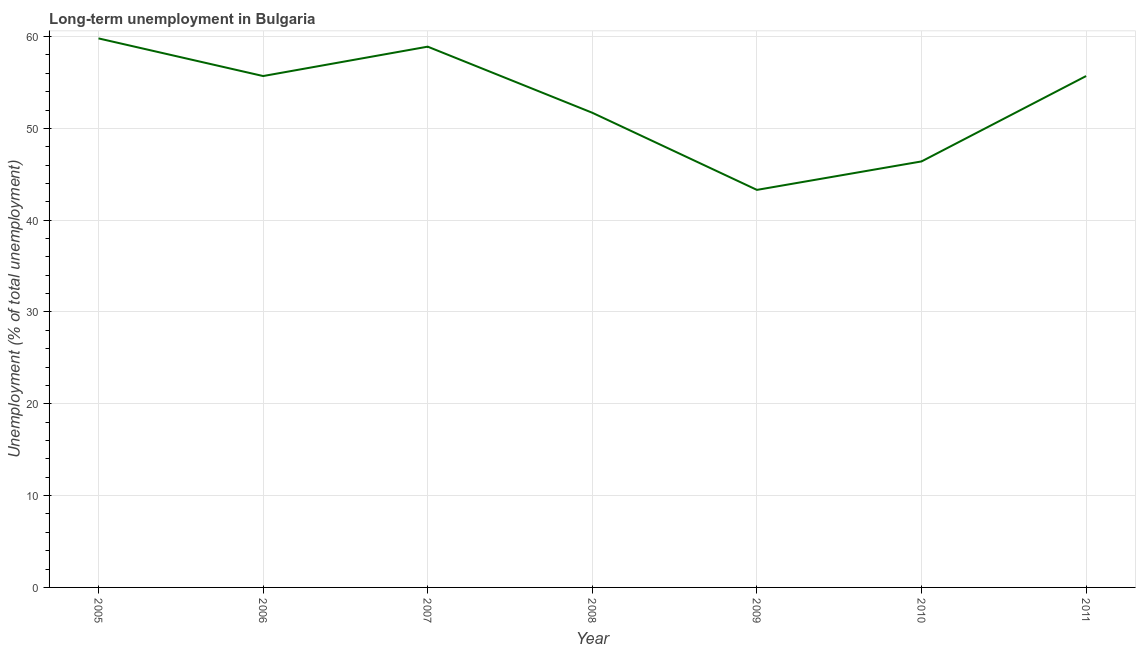
| Year | Long-term unemployment  |
 | --- | --- |
 | 2005 | 59.8 |
 | 2006 | 55.7 |
 | 2007 | 58.9 |
 | 2008 | 51.7 |
 | 2009 | 43.3 |
 | 2010 | 46.4 |
 | 2011 | 55.7 |